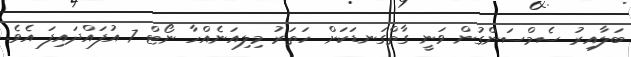
ބަލާއިރު ސެމްސަންގުން ވަނީ ގާތްގަނޑަކަށް ހަތަރު މިލިއަނެއްހާ ނޯޓް 7 އުފައްދައިފަ އެވެ.